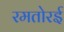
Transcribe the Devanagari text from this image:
रमतोरई